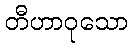
တီဟာဝုသော